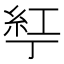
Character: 𬻤